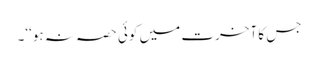
جس کا آخرت میں کوئی حصہ نہ ہو‘‘۔